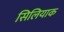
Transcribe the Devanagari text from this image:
सिलियाक